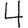
Digit: 4